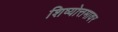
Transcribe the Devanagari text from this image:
शिष्योत्तमावर